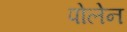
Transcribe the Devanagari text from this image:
पोलेन